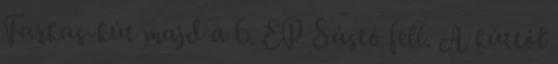
Farkas-kút majd a 6. EP Sástó felé. A kúttól